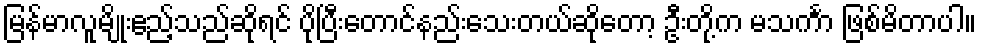
မြန်မာလူမျိုးဧည့်သည်ဆိုရင် ပိုပြီးတောင်နည်းသေးတယ်ဆိုတော့ ဦးတို့က မသင်္ကာ ဖြစ်မိတာပါ။